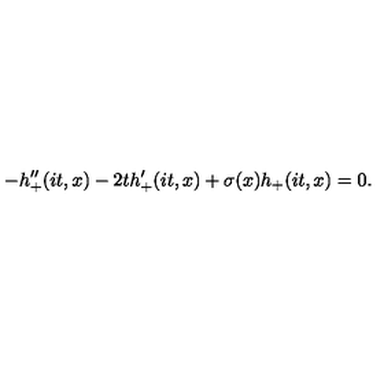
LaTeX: - h _ { + } ^ { \prime \prime } ( i t , x ) - 2 t h _ { + } ^ { \prime } ( i t , x ) + \sigma ( x ) h _ { + } ( i t , x ) = 0 .